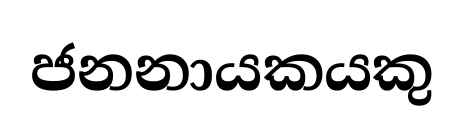
ජනනායකයකු